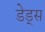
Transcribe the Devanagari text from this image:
डेड्स